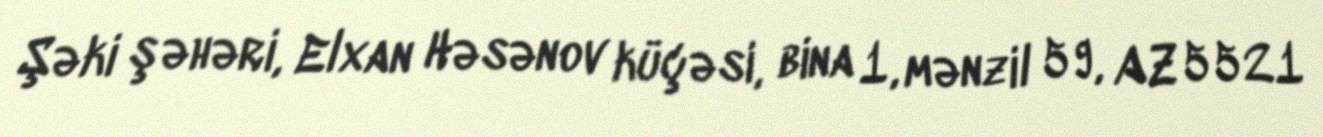
Şəki şəhəri, Elxan Həsənov küçəsi, bina 1, mənzil 59, AZ 5521